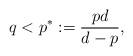
LaTeX: \begin{align*}q<p^*:=\frac{pd}{d-p},\end{align*}